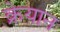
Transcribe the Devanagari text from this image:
क्रेयान